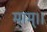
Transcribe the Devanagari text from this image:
माम्।।